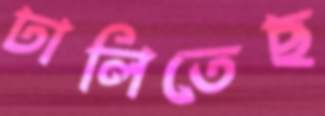
ঢালিতেছ